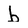
Character: b